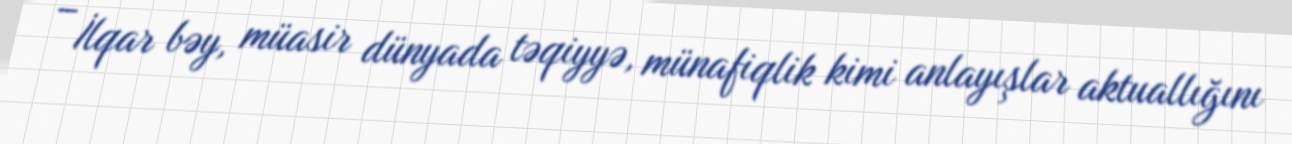
– İlqar bəy, müasir dünyada təqiyyə, münafiqlik kimi anlayışlar aktuallığını